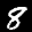
Label: 8